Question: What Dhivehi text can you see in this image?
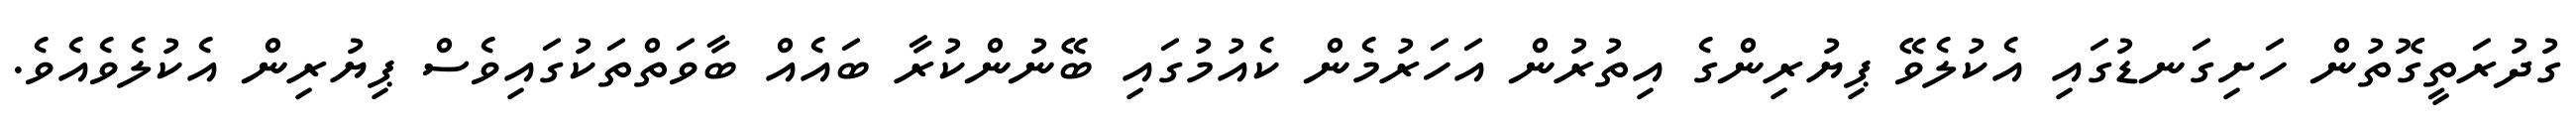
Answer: ގުދުރަތީގޮތުން ހަށިގަނޑުގައި އެކުލެވޭ ޕިޔުރިންގެ އިތުރުން އަހަރުމެން ކެއުމުގައި ބޭނުންކުރާ ބައެއް ބާވަތްތަކުގައިވެސް ޕިޔުރިން އެކުލެވެއެވެ.